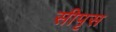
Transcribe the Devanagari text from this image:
सीपृस